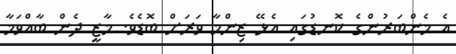
އެ މެންބަރުންގެ ކޮނޑުގައި އެޅޭ ޒިންމާ ވަރަށް ބޮޑެވެ. މާޒީ ދެން ބާއްވަމާ